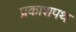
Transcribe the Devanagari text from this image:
प्रकाशपथ